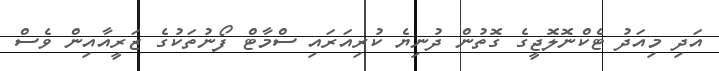
އަދި މިއަދު ޓެކްނޮލޮޖީގެ ގޮތުން ދުނިޔެ ކުރިއަރައި ސްމާޓް ފޯނުތަކުގެ ޒަރީއާއިން ވެސް